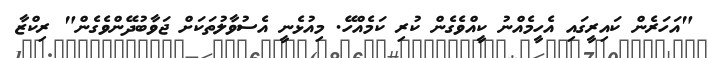
"އަހަރެން ކައިރީގައި އެހީމެއްނު ކީއްވެގެން ކުރި ކަމެއްހޭ. މިއުޅެނީ އެސުވާލުތަކަށް ޖަވާބުދޭންވެގެން" ރިކްޒާ